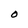
Character: O